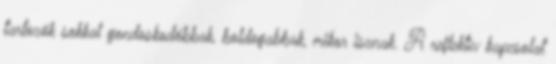
tartozók sokkal gondoskodóbbak, boldogabbak, mikor isznak. A reflektív kapcsolat